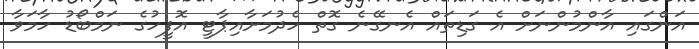
އަންގައި އާންމުންނަށް އެ ގަޑިތައް އެނގޭނެ ގޮތް ހެދުމަށާއިޕާޓީ އޮފީހުގެ ނަމްބޯޑު ހާމަވާ